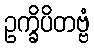
ဥက္ခိပိတဗ္ဗံ